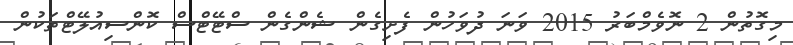
މިގޮތުން 2 ނޮވެމްބަރު 2015 ވަނަ ދުވަހުން ފެށިގެން ޝެންގެން ސްޓޭޓްސް ކޮންސިއުލޭޓްތަކުން